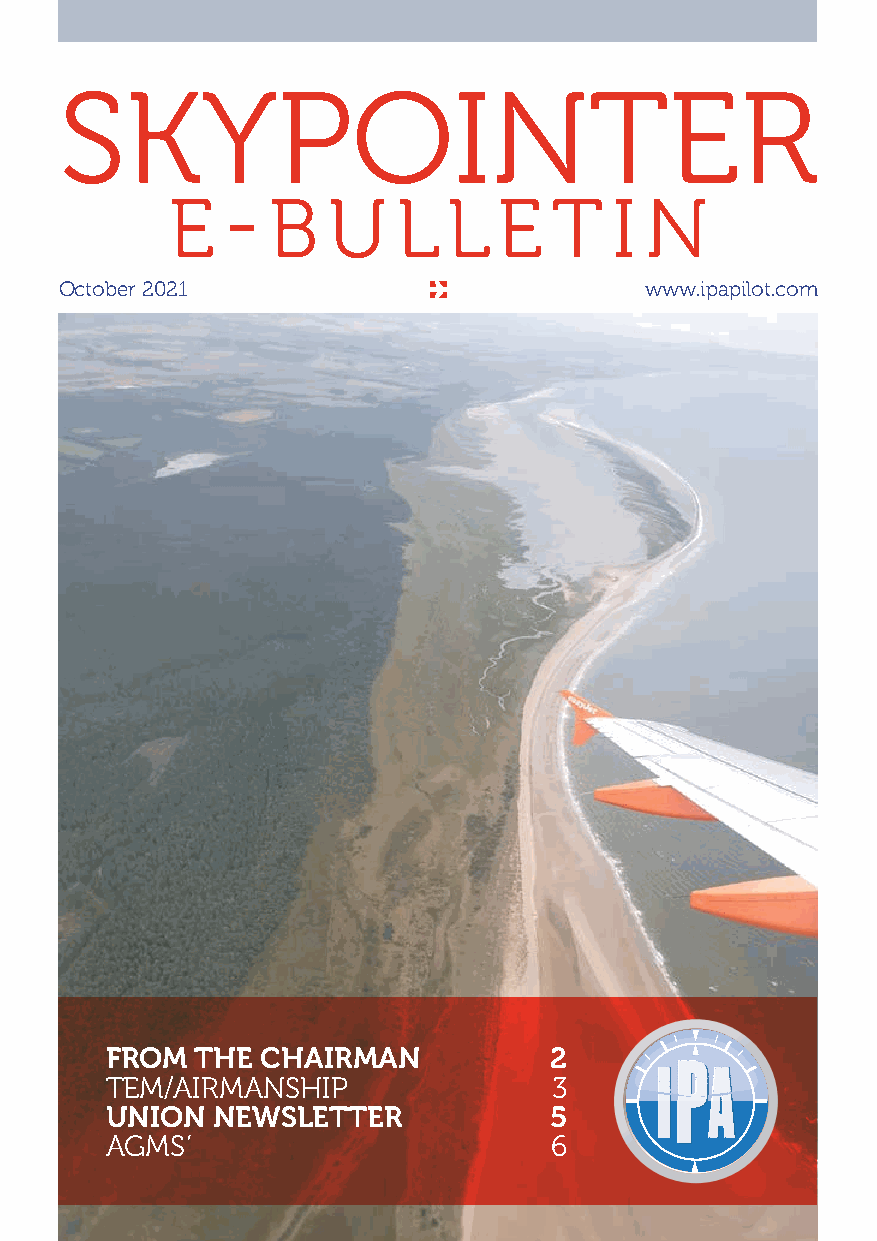
SKYPOINTER
 E   -  B   U   L   L  E   T   I N
 October 2021                           www.ipapilot.com
 FROM  THE CHAIRMAN           2
 TEM/AIRMANSHIP                3
 UNION  NEWSLETTER            5
 AGMS’                        6